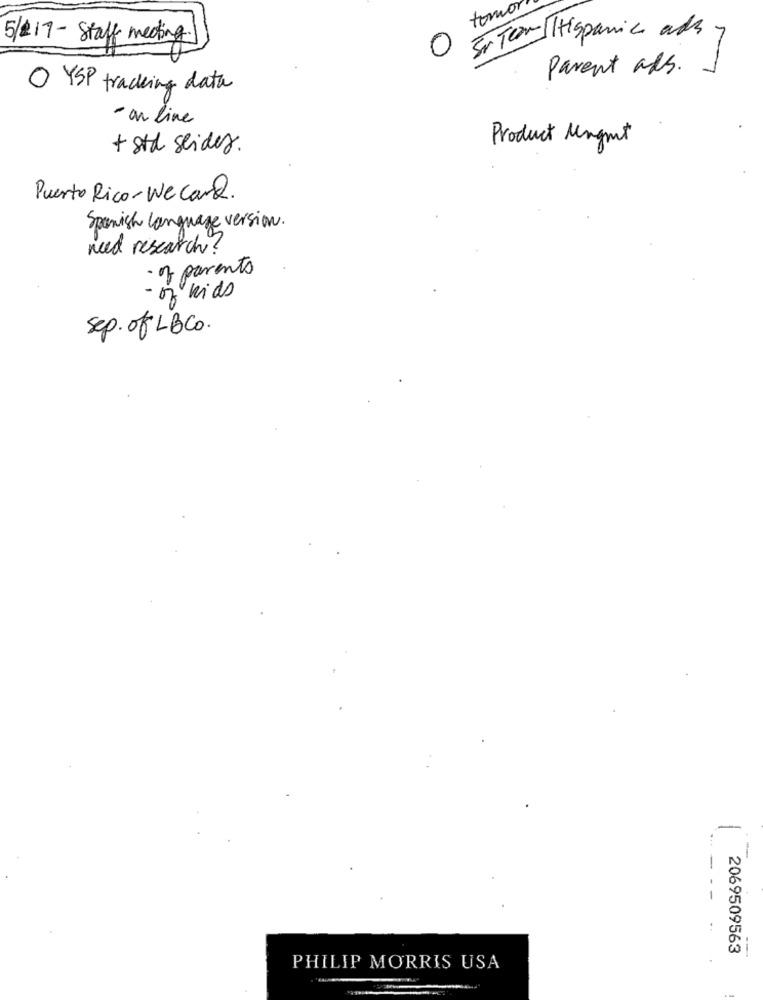
tomar
5/217 - Staff meeting.
3. Tem Hispanic ass-
0
Parent als.
O YSP tracking data
- on line
Product Mngmt
+ std slides.
Puerto Rico-Wecara.
Spanish language version.
need research ?
· of parents
- of kids
Sep. of LBC .
-
...
2069509563
--
PHILIP MORRIS USA